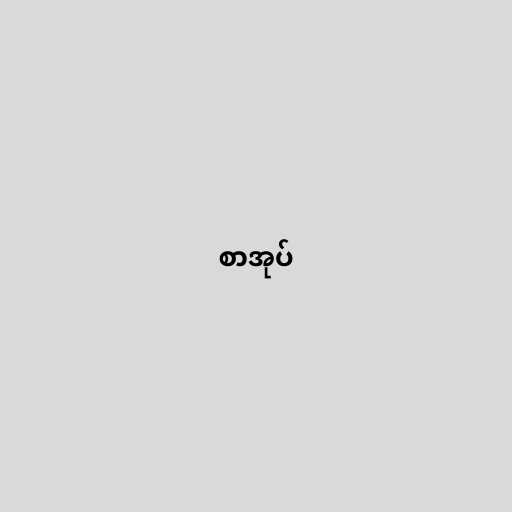
စာအုပ်